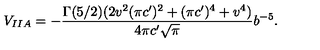
V _ { I I A } = - \frac { \Gamma ( 5 / 2 ) ( 2 v ^ { 2 } ( \pi c ^ { \prime } ) ^ { 2 } + ( \pi c ^ { \prime } ) ^ { 4 } + v ^ { 4 } ) } { 4 \pi c ^ { \prime } \sqrt { \pi } } b ^ { - 5 } .